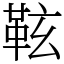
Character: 䩙